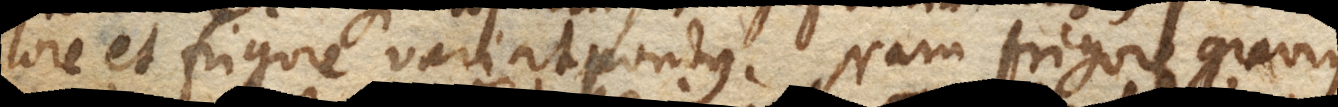
lore et frigore variat pondus. Nam frigore gravius